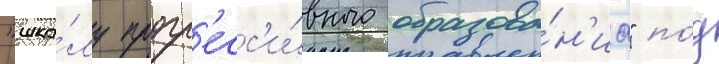
"шко́лу прогр'есс'и́вного образова́н'иа" по́д